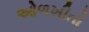
ઓળખીતો